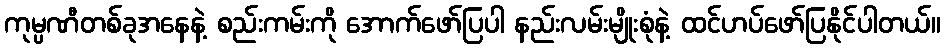
ကုမ္ပဏီတစ်ခုအနေနဲ့ စည်းကမ်းကို အောက်ဖော်ပြပါ နည်းလမ်းမျိုးစုံနဲ့ ထင်ဟပ်ဖော်ပြနိုင်ပါတယ်။